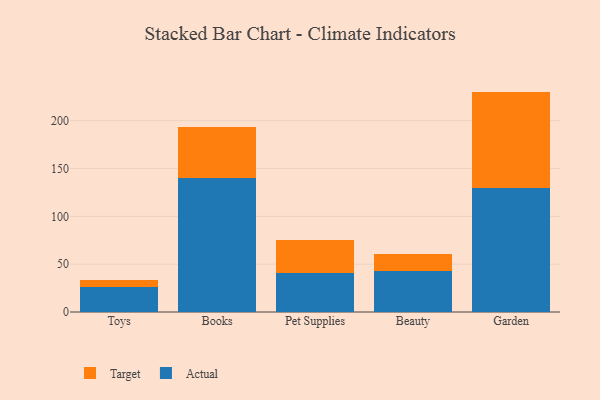
{"axis": {"x": "Category", "y": "Operating Costs (USD K)"}, "legend": ["Actual", "Target"], "data": [{"x": "Toys", "y": 25.7, "type": "Actual"}, {"x": "Toys", "y": 7.9, "type": "Target"}, {"x": "Books", "y": 140.1, "type": "Actual"}, {"x": "Books", "y": 53.5, "type": "Target"}, {"x": "Pet Supplies", "y": 40.4, "type": "Actual"}, {"x": "Pet Supplies", "y": 34.6, "type": "Target"}, {"x": "Beauty", "y": 42.6, "type": "Actual"}, {"x": "Beauty", "y": 17.7, "type": "Target"}, {"x": "Garden", "y": 129.7, "type": "Actual"}, {"x": "Garden", "y": 100.7, "type": "Target"}]}